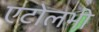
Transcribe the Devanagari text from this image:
एटोलभी